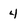
Character: 4